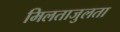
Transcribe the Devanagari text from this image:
मिलताजुलता